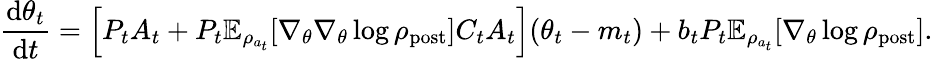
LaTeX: \frac{\mathrm{d}\theta_{t}}{\mathrm{d}t}=\Bigl[P_{t}A_{t}+P_{t}\mathbb{E}_{\rho_{a_{t}}}[\nabla_{\theta}\nabla_{\theta}\log\rho_{\mathrm{post}}]C_{t}A_{t}\Bigr](\theta_{t}-m_{t})+b_{t}P_{t}\mathbb{E}_{\rho_{a_{t}}}[\nabla_{\theta}\log\rho_{\mathrm{post}}].